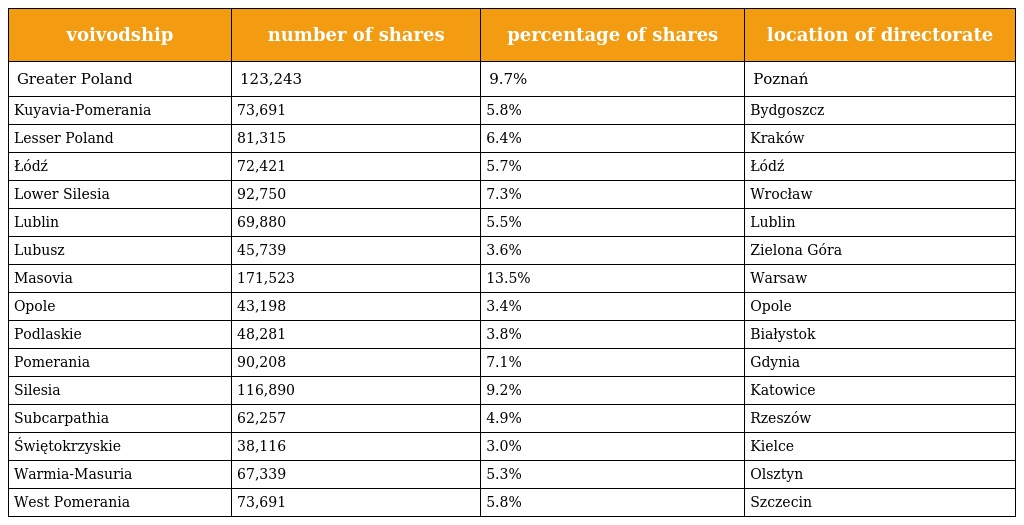
| voivodship | number of shares | percentage of shares | location of directorate |
 | --- | --- | --- | --- |
 | Greater Poland | 123,243 | 9.7% | Poznań |
 | Kuyavia-Pomerania | 73,691 | 5.8% | Bydgoszcz |
 | Lesser Poland | 81,315 | 6.4% | Kraków |
 | Łódź | 72,421 | 5.7% | Łódź |
 | Lower Silesia | 92,750 | 7.3% | Wrocław |
 | Lublin | 69,880 | 5.5% | Lublin |
 | Lubusz | 45,739 | 3.6% | Zielona Góra |
 | Masovia | 171,523 | 13.5% | Warsaw |
 | Opole | 43,198 | 3.4% | Opole |
 | Podlaskie | 48,281 | 3.8% | Białystok |
 | Pomerania | 90,208 | 7.1% | Gdynia |
 | Silesia | 116,890 | 9.2% | Katowice |
 | Subcarpathia | 62,257 | 4.9% | Rzeszów |
 | Świętokrzyskie | 38,116 | 3.0% | Kielce |
 | Warmia-Masuria | 67,339 | 5.3% | Olsztyn |
 | West Pomerania | 73,691 | 5.8% | Szczecin |